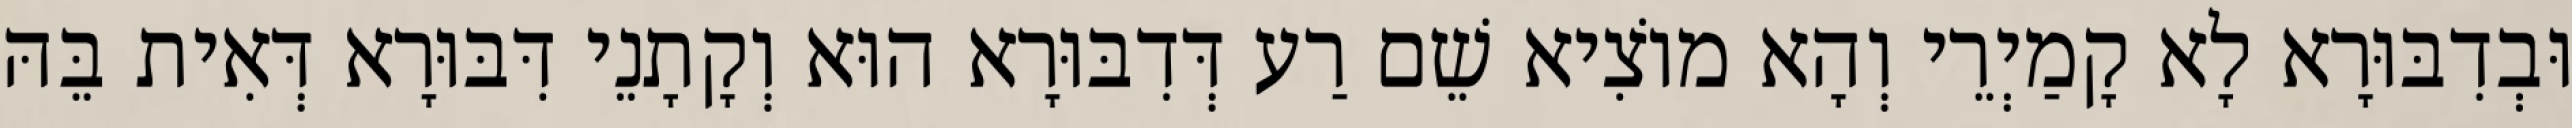
וּבְדִבּוּרָא לָא קָמַיְרֵי וְהָא מוֹצִיא שֵׁם רַע דְּדִבּוּרָא הוּא וְקָתָנֵי דִּבּוּרָא דְּאִית בֵּהּ